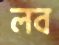
লব